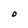
Character: O